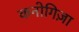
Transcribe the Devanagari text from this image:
कनोगिज़ा